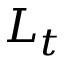
L _ { t }